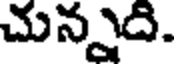
చున్నది.